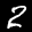
Label: 2